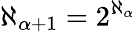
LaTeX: \aleph_{\alpha+1}=2^{\aleph_{\alpha}}